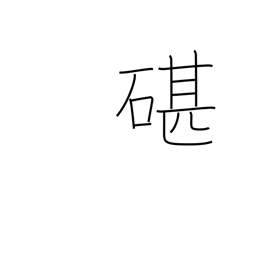
Meaning: an anvil